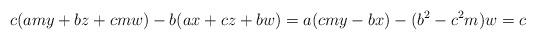
LaTeX: \begin{align*}c(amy+bz+cmw)-b(ax+cz+bw)=a(cmy-bx)-(b^2-c^2m)w=c\end{align*}